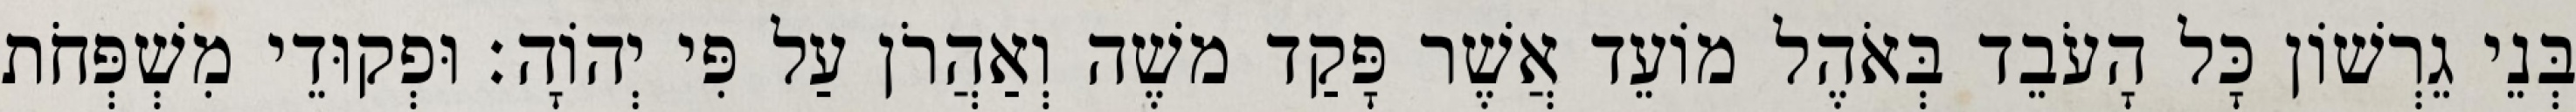
בְּנֵי גֵרְשׁוֹן כָּל הָעֹבֵד בְּאֹהֶל מוֹעֵד אֲשֶׁר פָּקַד משֶׁה וְאַהֲרֹן עַל פִּי יְהוָֹה׃ וּפְקוּדֵי מִשְׁפְּחֹת